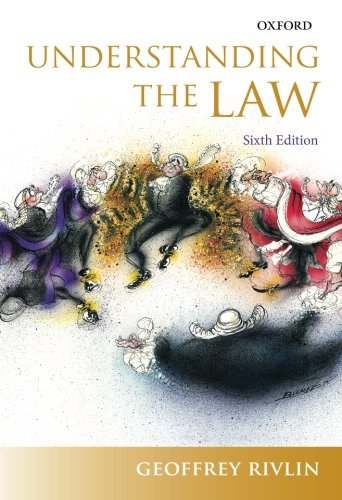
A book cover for Understanding the Law; Geoffrey Rivlin; Law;